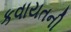
કવાયતની